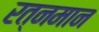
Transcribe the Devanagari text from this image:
रत्नमान